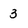
Character: 3